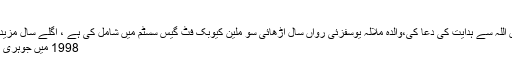
جام مہتاب حسین
ملالہ پر حملہ کرنیوالوں کو بددعا نہیں اللہ سے ہدایت کی دعا کی،والدہ ملالہ یوسفزئی رواں سال اڑھائی سو ملین کیوبک فٹ گیس سسٹم میں شامل کی ہے ،ْ اگلے سال مزید گیس شامل کریں گے ،ْ وزیر پٹرولیم
1998 میں جوہری بم چاغی کیسے لے جائے گئے تھے؟